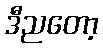
ဒီညတော့